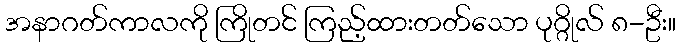
အနာဂတ်ကာလကို ကြိုတင် ကြည့်ထားတတ်သော ပုဂ္ဂိုလ် ၈-ဦး။